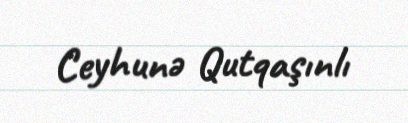
Ceyhunə Qutqaşınlı